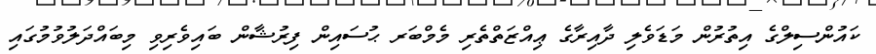
ކައުންސިލްގެ އިތުރުން މަޑަވެލި ދާއިރާގެ ޢިއްޒަތްތެރި މެމްބަރ ޙުސައިން ފިރުޝާން ބައިވެރިވި މިބައްދަލުވުމުގައި